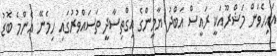
އައިހެވަން މަޝްރޫއަކީ ރައީސް އަބްދު ޔާމީންގެ އިގްތިސާދީ ތަަސައްވުރުގައި ހިމެނޭ އެންމެ ބޮޑު